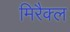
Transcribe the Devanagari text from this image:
मिरैक्ल